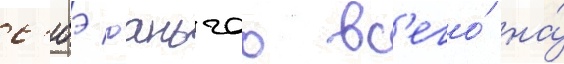
с'юэ юаньчао вс'его́ на́